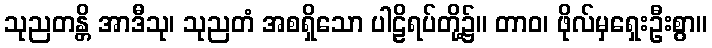
သုညတန္တိ အာဒီသု၊ သုညတံ အစရှိသော ပါဠိရပ်တို့၌။ တာဝ၊ ဖိုလ်မှရှေးဦးစွာ။